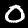
Label: 0